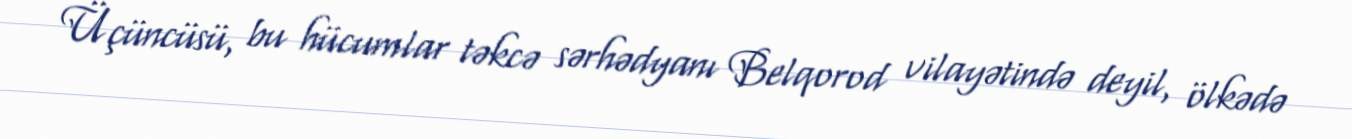
Üçüncüsü, bu hücumlar təkcə sərhədyanı Belqorod vilayətində deyil, ölkədə